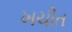
ખચીત